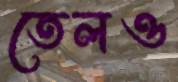
তেলও